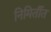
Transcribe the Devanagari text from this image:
निमिर्तीत